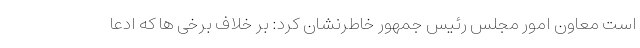
است‌ معاون امور مجلس رئیس جمهور خاطرنشان کرد: بر خلاف برخی ها که ادعا